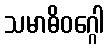
သမာဓိဝဂ္ဂေါ